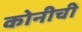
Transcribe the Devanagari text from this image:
कोनीची